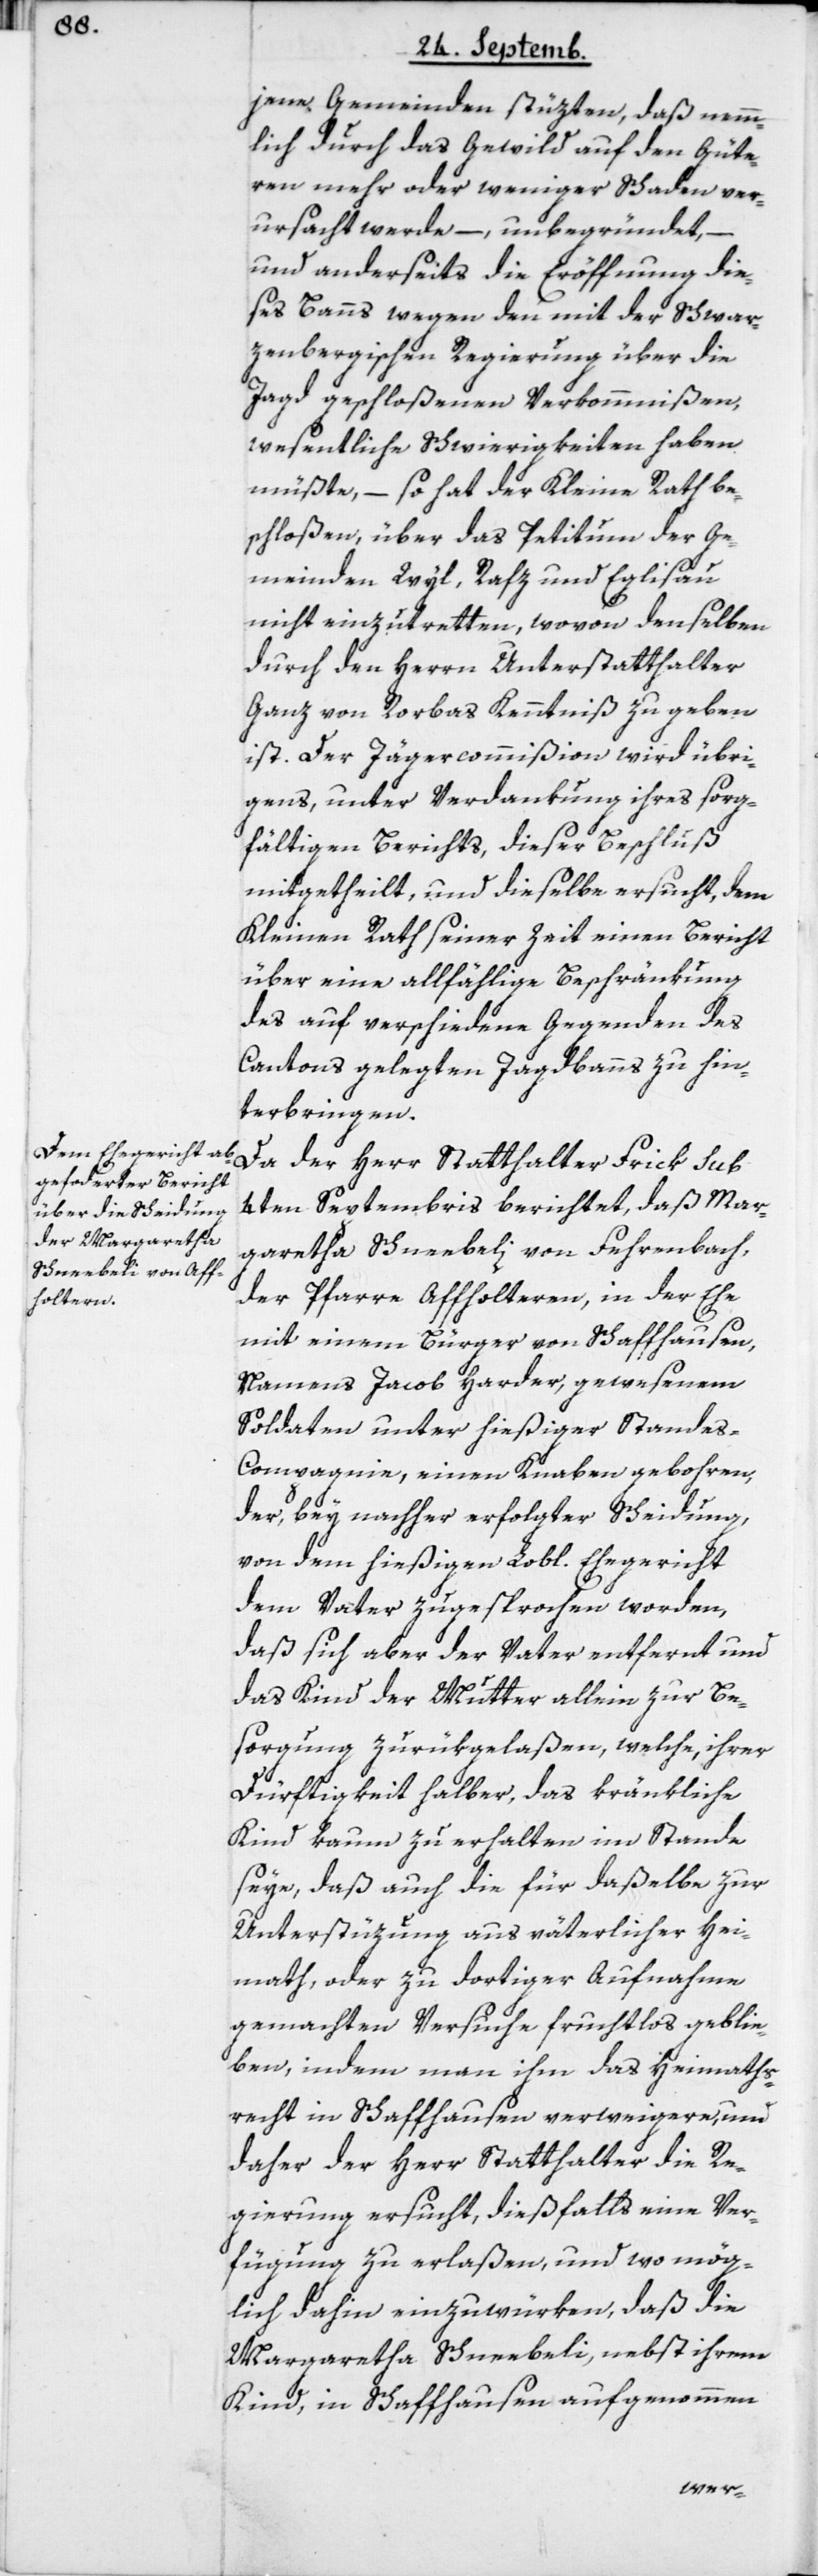
jene Gemeinden stüzen, daß nemm¬
lich durch das Gewild auf den Güte¬
ren mehr oder weniger Schaden ver¬
ursacht werde –, unbegründet, –
und anderseits die Eröffnung die¬
ses Banns wegen den mit der Schwar¬
zenbergischen Regierung über die
Jagd geschloßenen Verkommnißen,
wesentliche Schwierigkeiten haben
müßte, – so hat der Kleine Rath be¬
schloßen, über das Petitum der Ge¬
meinden Wyl, Rafz und Eglisau
nicht einzutretten, wovon denselben
durch den Herrn Unterstatthalter
Ganz von Rorbas Kenntniß zu geben
ist. Der Jägercommißion wird übri¬
gens unter Verdankung ihres sorg¬
fältigen Berichts, dieser Beschluß
mitgetheilt, und dieselbe ersucht, dem
Kleinen Rath seiner Zeit einen Bericht
über eine allfählige Beschränkung
des auf verschiedene Gegenden des
Cantons gelegten Jagdbanns zu hin¬
terbringen.
Da der Herr Statthalter Frick sub
4ten Septembris berichtet, daß Mar¬
garetha Schneebeli von Fehrenbach,
der Pfarre Affholteren, in der Ehe
mit einem Bürger von Schaffhausen,
namens Jacob Harder, gewesenem
Soldaten unter hießiger Standes-C¬
ompagnie, einen Knaben gebohren,
der bey nachher erfolgter Scheidung,
von dem hießigen Lobl. Ehegericht
dem Vater zugesprochen worden,
daß sich aber der Vater entfernt und
das Kind der Mutter allein zur Be¬
sorgung zurükgelaßen, welche ihrer
Dürftigkeit halber, das kränkliche
Kind kaum zu erhalten im Stande
seye, daß auch die für daßelbe zur
Unterstüzung aus väterlicher Hei¬
math, oder zu dortiger Aufnahme
gemachten Versuche fruchtlos geblie¬
ben, indem man ihm das Heimaths¬
recht in Schaffhausen verweigere, und
daher der Herr Statthalter die Re¬
gierung ersucht, dießfalls eine Ver¬
fügung zu erlaßen, und wo mög¬
lich dahin einzuwürken, daß die
Margaretha Schneebeli, nebst ihrem
Kind, in Schaffhausen aufgenohmen